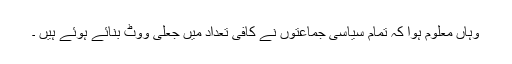
وہاں معلوم ہوا کہ تمام سیاسی جماعتوں نے کافی تعداد میں جعلی ووٹ بنائے ہوئے ہیں ۔